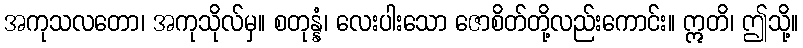
အကုသလတော၊ အကုသိုလ်မှ။ စတုန္နံ၊ လေးပါးသော ဇောစိတ်တို့လည်းကောင်း။ ဣတိ၊ ဤသို့။